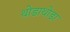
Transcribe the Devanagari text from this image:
थोडाथोडा